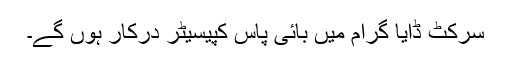
سرکٹ ڈایا گرام میں بائی پاس کپیسیٹر درکار ہوں گے۔